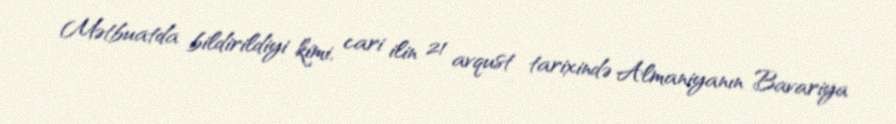
Mətbuatda bildirildiyi kimi, cari ilin 21 avqust tarixində Almaniyanın Bavariya